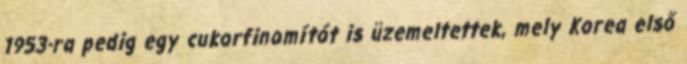
1953-ra pedig egy cukorfinomítót is üzemeltettek, mely Korea első